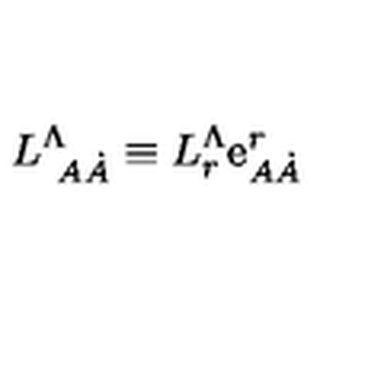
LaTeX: L _ { \ A \dot { A } } ^ { \Lambda } \equiv L _ { r } ^ { \Lambda } \mathrm { e } _ { A \dot { A } } ^ { r }